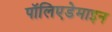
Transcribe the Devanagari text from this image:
पॉलिएडेमाइन